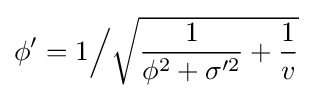
\phi '=1{\Big /}{\sqrt {{\frac {1}{\phi ^{2}+\sigma '^{2}}}+{\frac {1}{v}}}}